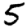
Digit: 5